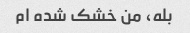
بله، من خشک شده ام